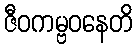
ဇီဝကမ္ဗဝနေတိ